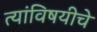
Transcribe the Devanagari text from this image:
त्यांविषयीचे